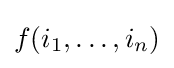
f(i_{1},\ldots ,i_{n})